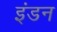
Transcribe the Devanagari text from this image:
इंडन